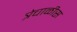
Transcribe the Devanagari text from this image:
त्रेचाळीस